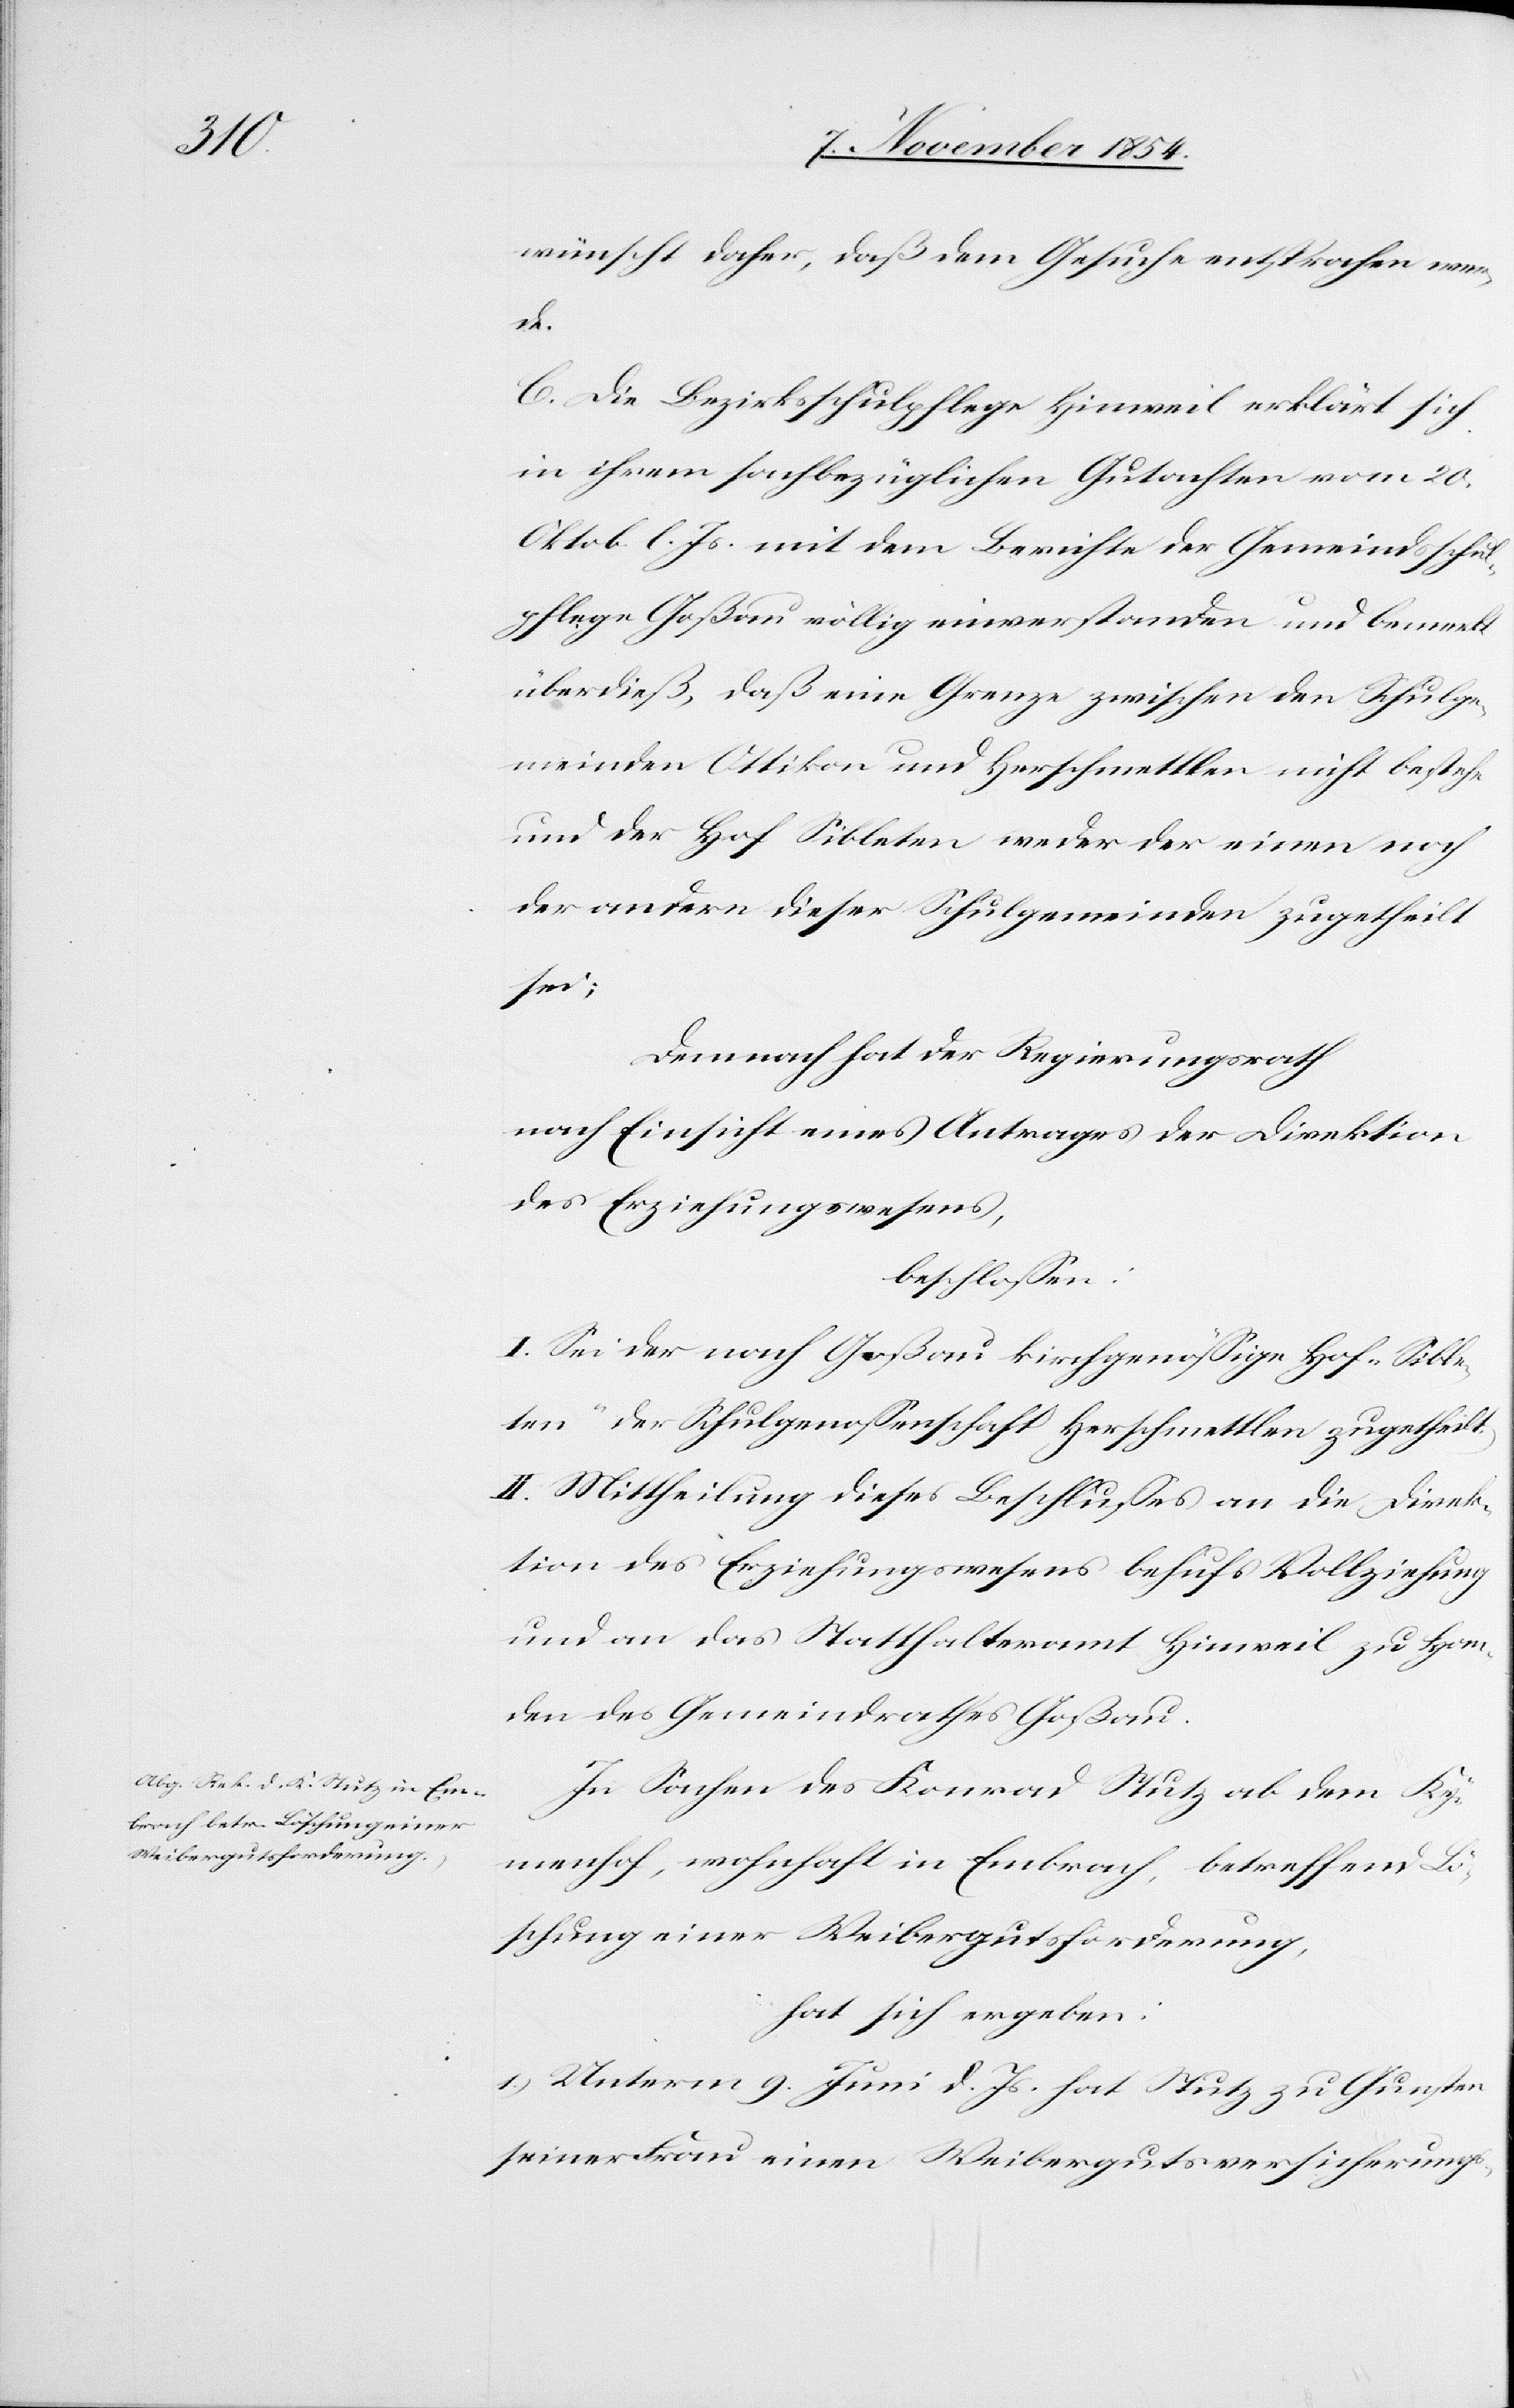
wünscht daher, daß dem Gesuche entsprochen werd¬
e.
C. Die Bezirksschulpflege Hinweil erklärt sich
in ihrem sachbezüglichen Gutachten vom 20.
Oktob. l. Js. mit dem Berichte der Gemeindsschul¬
pflege Goßau völlig einverstanden und bemerkt
überdieß, daß eine Grenze zwischen den Schulge¬
meinden Ottikon und Herschmettlen nicht bestehe
und der Hof Sibleten weder der einen noch
der andern dieser Schulgemeinden zugetheilt
sei;
Demnach hat der Regierungsrath
nach Einsicht eines Antrages der Direktion
des Erziehungswesens,
beschloßen:
I. Sei der nach Goßau kirchgenößige Hof „Sible¬
ten“ der Schulgenoßenschaft Herschmettlen zugetheilt.
II. Mittheilung dieses Beschlußes an die Direk¬
tion des Erziehungswesens behufs Vollziehung
und an das Statthalteramt Hinweil zu Han¬
den des Gemeindrathes Goßau.
In Sachen des Konrad Stutz ab dem Ky¬
menhof, wohnhaft in Embrach, betreffend Lö¬
schung einer Weibergutsforderung,
hat sich ergeben:
1.) Unterm 9. Juni d. Js. hat Stutz zu Gunsten
seiner Frau einen Weibergutsversicherungs-